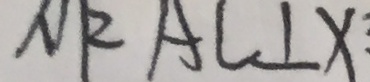
N R A C \bot x